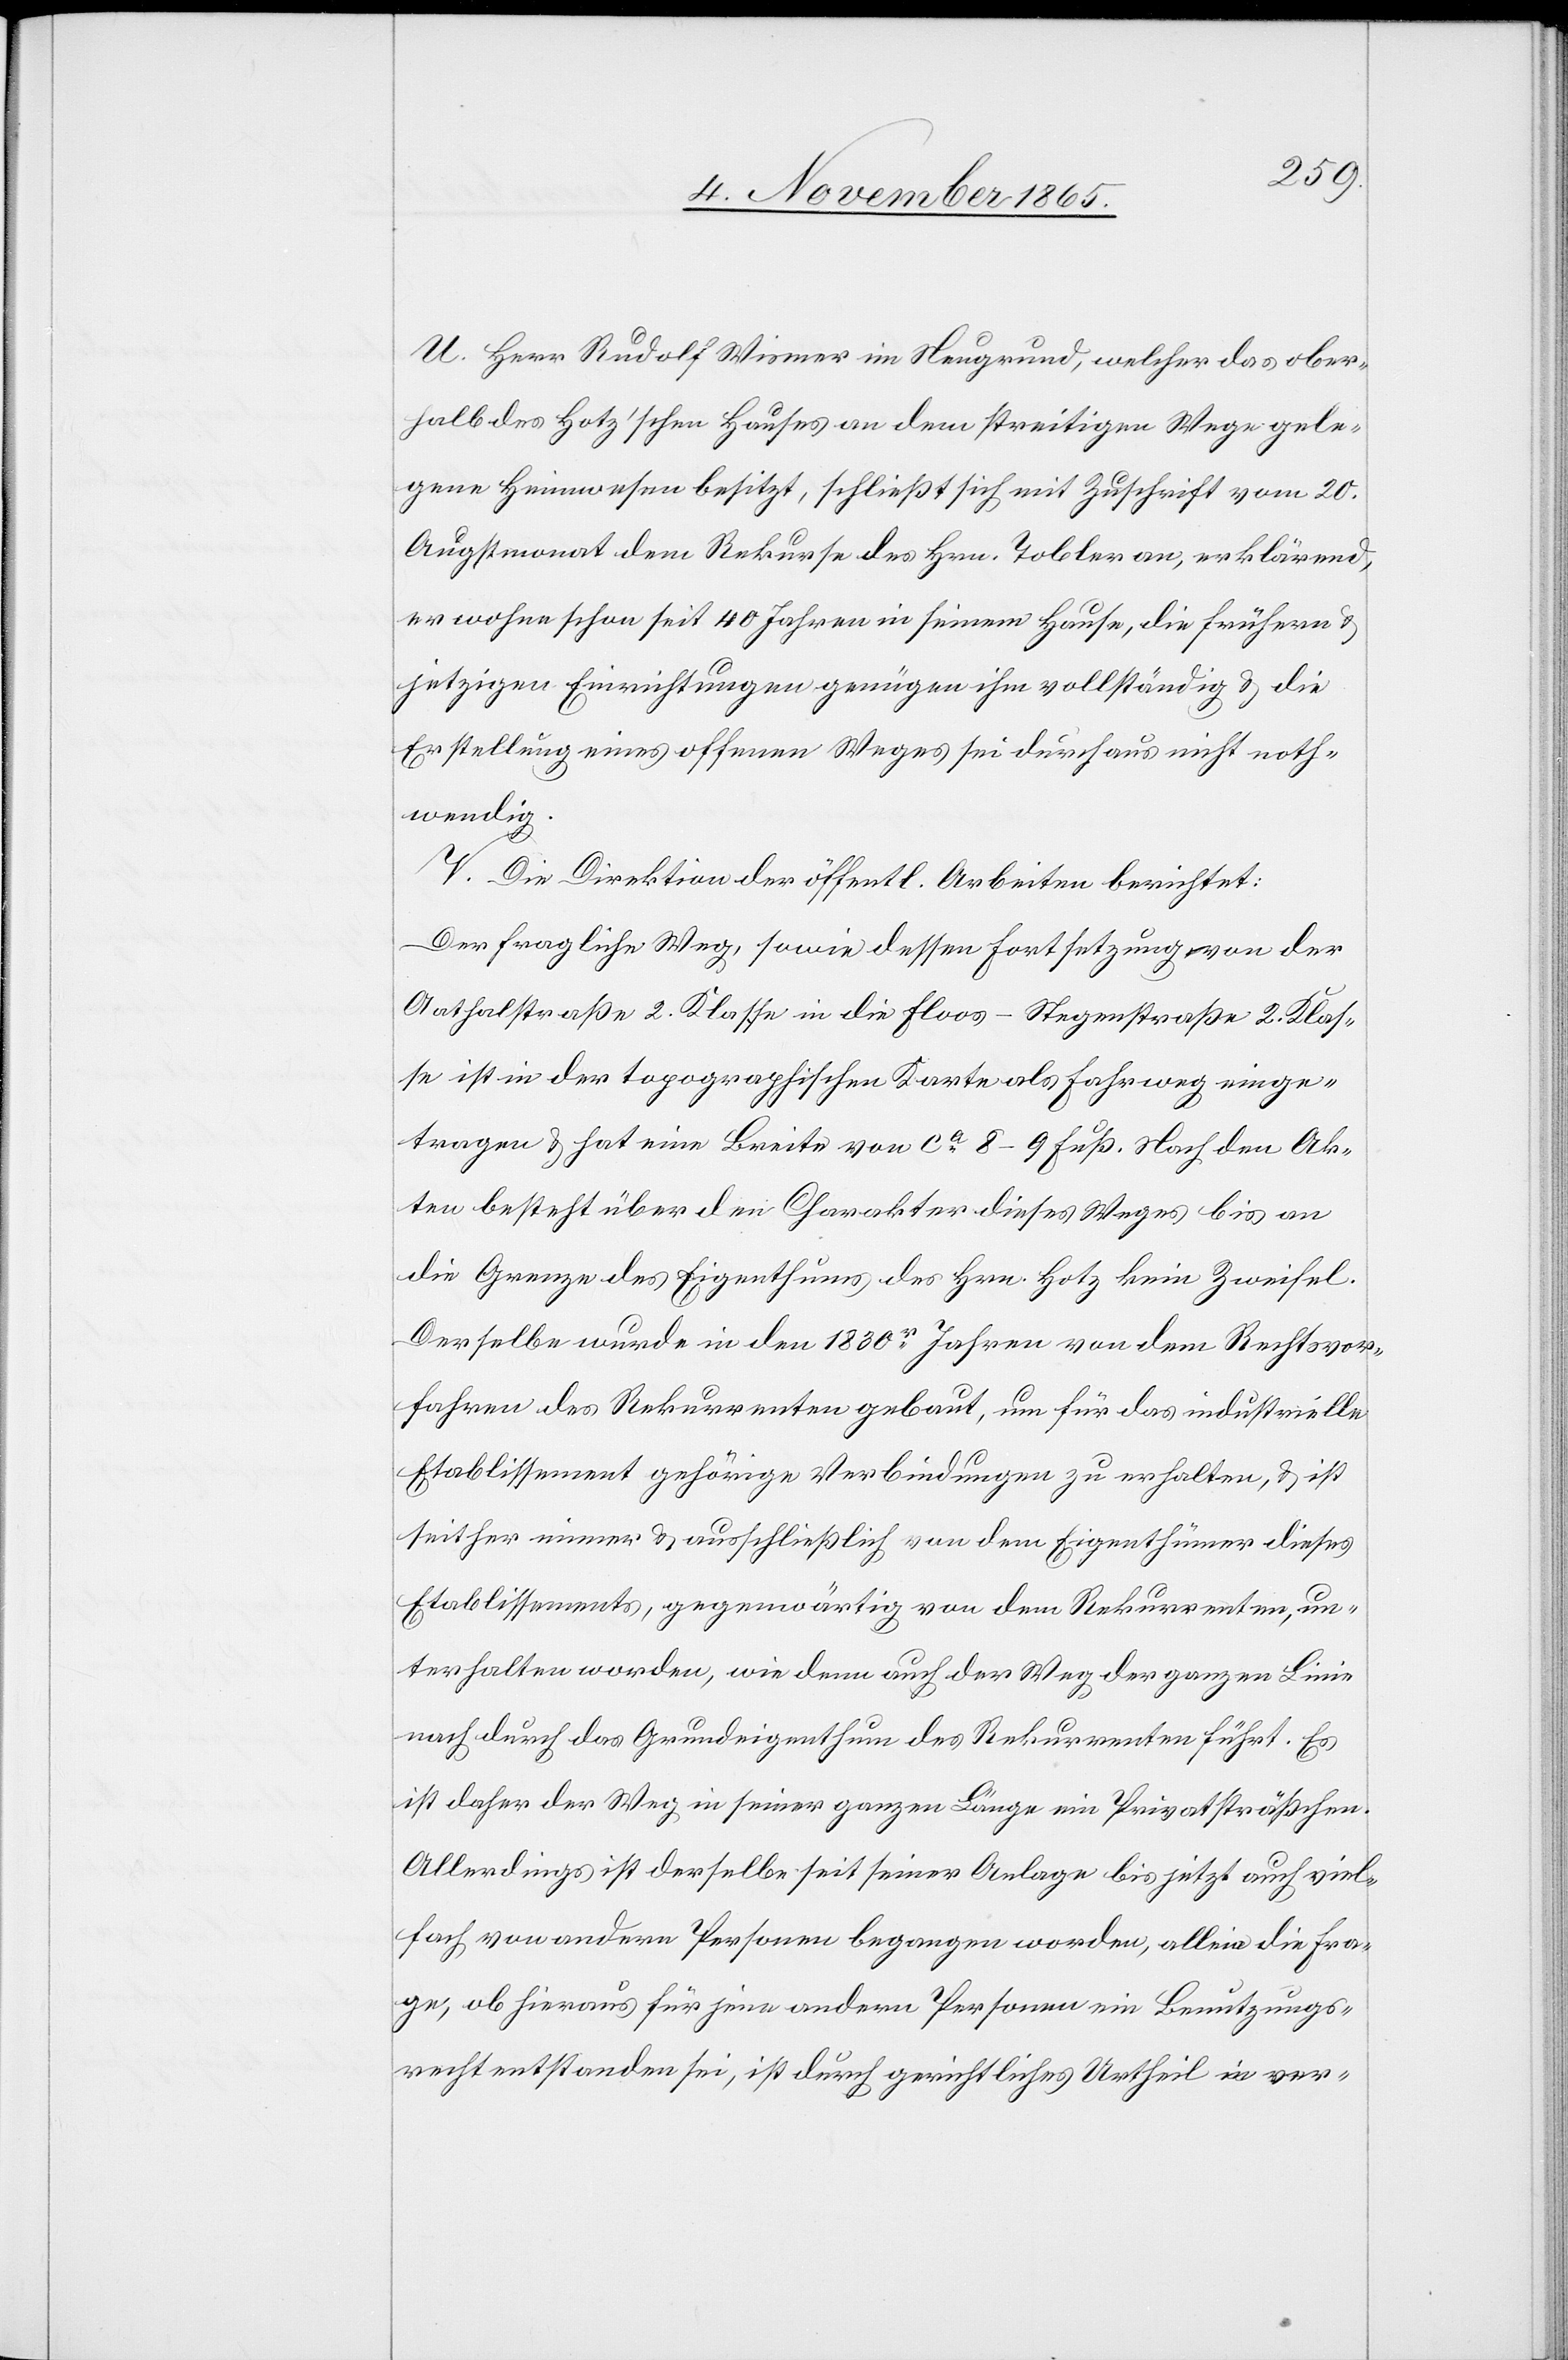
U. Herr Rudolf Wismer im Neugrund, welcher das ober¬
halb des Hotz’schen Hauses an dem streitigen Weg gele¬
gene Heimwesen besitzt, schließt sich mit Zuschrift vom 20.
Augstmonat dem Rekurse des Hrn. Tobler an, erklärend,
er wohne schon seit 40 Jahren in seinem Hause, die frühern &
jetzigen Einrichtungen genügen ihm vollständig & die
Erstellung eines offenen Weges sei durchaus nicht noth¬
wendig.
V. Die Direktion der öffentl. Arbeiten berichtet:
Der fragliche Weg, sowie dessen Fortsetzung von der
Aathalstraße 2. Klasse in die Floos-Stegenstraße 2. Klas¬
se ist in der topographischen Karte als Fahrweg einge¬
tragen & hat eine Breite von ca 8–9 Fuß. Nach den Ak¬
ten besteht über den Charakter dieses Weges bis an
die Grenze des Eigenthums des Hrn. Hotz kein Zweifel.
Derselbe wurde in den 1830r Jahren von dem Rechtsvor¬
fahren des Rekurrenten gebaut, um für das industrielle
Etablissement gehörige Verbindungen zu erhalten, & ist
seither immer & ausschließlich von dem Eigenthümer dieses
Etablissements, gegenwärtig von dem Rekurrenten, un¬
terhalten worden, wie denn auch der Weg der ganzen Linie
nach durch das Grundeigenthum des Rekurrenten führt. Es
ist daher der Weg in seiner ganzen Länge ein Privatsträßchen.
Allerdings ist derselbe seit seiner Anlage bis jetzt auch viel¬
fach von andern Personen begangen worden, allein die Fra¬
ge, ob hieraus für jene andern Personen ein Benutzungs¬
recht entstanden sei, ist durch gerichtliches Urtheil in ver-